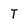
Character: T